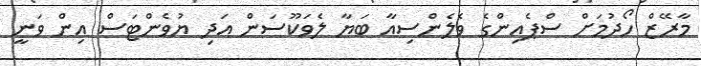
މާރޭޒް ހޯދުމަށް ސްޕެއިންގެ ވެލެންސިއާ ބަޔާ ލެވަކޫސަން އަދި ޔުވެންޓަސް އިން ވަނީ